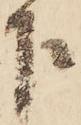
下